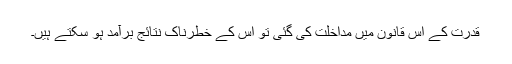
قدرت کے اس قانون میں مداخلت کی گئی تو اس کے خطرناک نتائج برآمد ہو سکتے ہیں۔